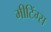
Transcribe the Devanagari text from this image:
मीटिंग्स